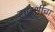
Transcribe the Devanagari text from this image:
राजश्रीचा